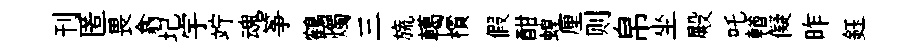
刊匿畏翕圮宇竚魂筝鶴燭三旒轕檟假酣蝗厘则帛坐殿吒輶儗昨鈺